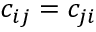
c _ { i j } = c _ { j i }